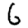
Digit: 6